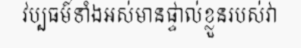
វប្បធម៍ទាំងអស់មានផ្ទាល់ខ្លួនរបស់វា